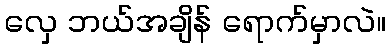
လှေ ဘယ်အချိန် ရောက်မှာလဲ။